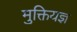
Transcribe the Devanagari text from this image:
मुक्तियज्ञ